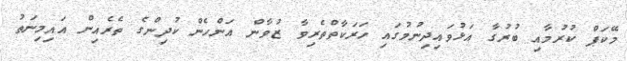
މޭކަޕް ކުރުމާއި ބުރުގާ އަޅުވައިދިނުމުގައި ހަރަކާތްތެރިވާ ޒުވާން އަންހެން ކުދިންގެ ތެރެއިން އައިމިނަތު